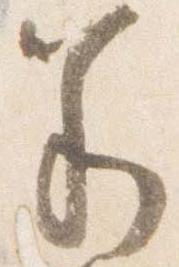
若